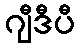
ဂျီဒီပီ